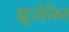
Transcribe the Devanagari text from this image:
ह्यूजेनिन